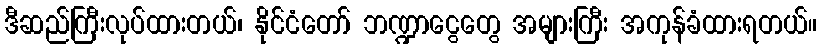
ဒီဆည်ကြီးလုပ်ထားတယ်၊ နိုင်ငံတော် ဘဏ္ဍာငွေတွေ အများကြီး အကုန်ခံထားရတယ်။